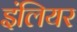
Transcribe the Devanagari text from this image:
इंलियर